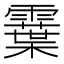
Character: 𩆏